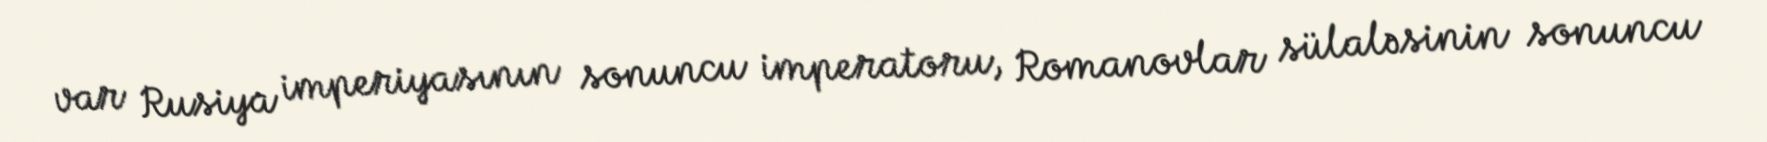
var Rusiya imperiyasının sonuncu imperatoru, Romanovlar sülaləsinin sonuncu